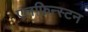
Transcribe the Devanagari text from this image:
एलफ़िन्स्टन